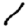
Digit: 1